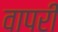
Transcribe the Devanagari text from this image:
वापरी